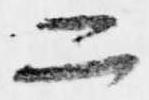
二